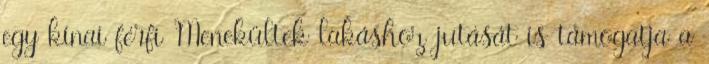
egy kínai férfi Menekültek lakáshoz jutását is támogatja a